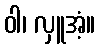
ဝါ၊ လှူအံ့။